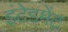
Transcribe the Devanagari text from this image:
इंटेडमेंट